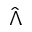
\hat { \Lambda }